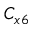
C _ { x 6 }